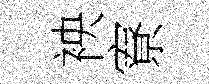
䘧寮